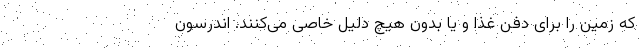
که زمین را برای دفن غذا و یا بدون هیچ دلیل خاصی می‌کنند. اندرسون